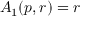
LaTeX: A _ { 1 } ( p , r ) = r